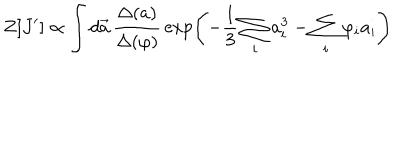
LaTeX: Z [ J ^ { \prime } ] \propto \int d \vec { a } \, \frac { \Delta ( a ) } { \Delta { ( \varphi ) } } \, \exp \left( - \frac { 1 } { 3 } \sum _ { i } a _ { i } ^ { 3 } - \sum _ { i } \varphi _ { i } a _ { i } \right)